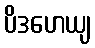
ပိဒဟေယျ